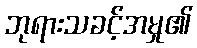
ဘုရားသခင့်အမှု၏